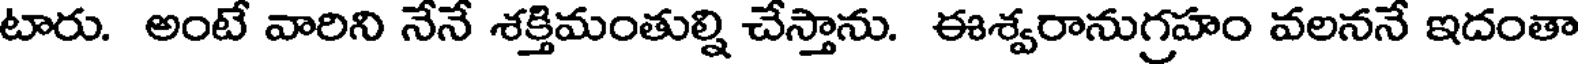
టారు. అంటే వారిని నేనే శక్తిమంతుల్ని చేస్తాను. ఈశ్వరానుగ్రహం వలననే ఇదంతా